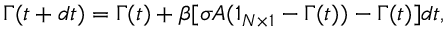
\boldsymbol { \Gamma } ( t + d t ) = \boldsymbol { \Gamma } ( t ) + \beta [ \sigma A ( \boldsymbol { 1 } _ { N \times 1 } - \boldsymbol { \Gamma } ( t ) ) - \boldsymbol { \Gamma } ( t ) ] d t ,